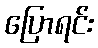
ပြောရင်း